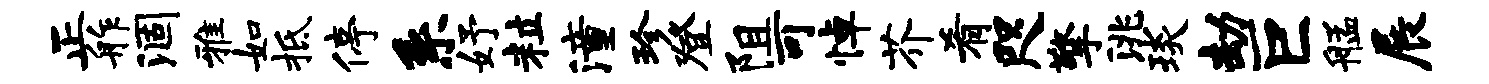
正舴涸雅如柢停系妤粒潼珍登阻可悼芥肴咫擎洮琰劫巨艋展